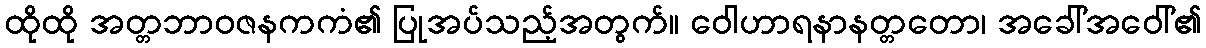
ထိုထို အတ္တဘာဝဇနကကံ၏ ပြုအပ်သည့်အတွက်။ ဝေါဟာရနာနတ္တတော၊ အခေါ်အဝေါ်၏